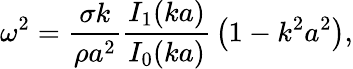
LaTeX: \omega^{2}={\frac{\sigma k}{\rho a^{2}}}{\frac{I_{1}(ka)}{I_{0}(ka)}}\left(1-k^{2}a^{2}\right),